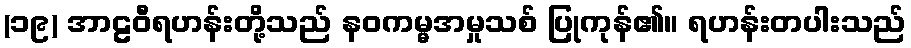
(၁၉) အာဠဝီရဟန်းတို့သည် နဝကမ္မအမှုသစ် ပြုကုန်၏။ ရဟန်းတပါးသည်